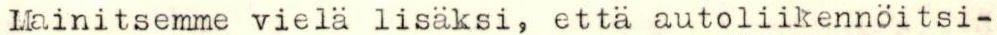
Mainitsemme vielä lisäksi, että autoliikennöitsi-